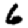
Digit: 6